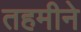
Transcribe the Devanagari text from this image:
तहमीने